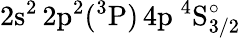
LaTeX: \mathrm{2s^{2}\, 2p^{2}(^{3}P)\, 4p~^{4}S_{3/2}^{\circ}}